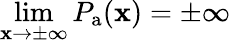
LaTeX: \operatorname*{lim}_{\mathbf{x}\to\pm\infty}P_{\mathrm{{a}}}(\mathbf{x})=\pm\infty